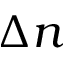
\Delta n